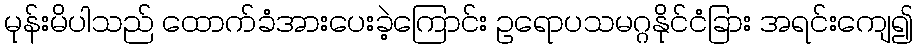
မုန်းမိပါသည် ထောက်ခံအားပေးခဲ့ကြောင်း ဥရောပသမဂ္ဂနိုင်ငံခြား အရင်းကျေ၍